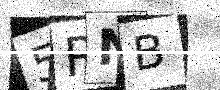
Text: 5RNB